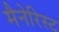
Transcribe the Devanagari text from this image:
मैनेरिस्ट